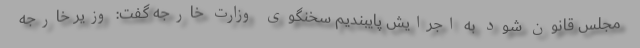
مجلس قانون شود به اجرایش پایبندیم سخنگوی وزارت خارجه گفت: وزیر خارجه